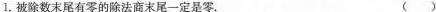
1.被除数末尾有零的除法商末尾一定是零。 ( )